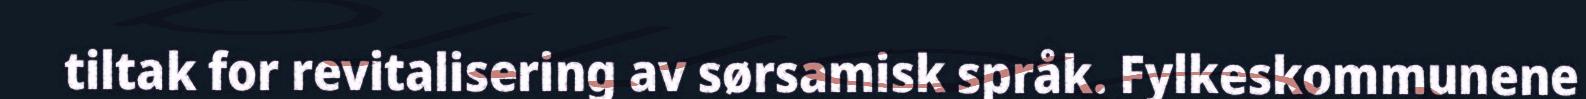
tiltak for revitalisering av sørsamisk språk. Fylkeskommunene